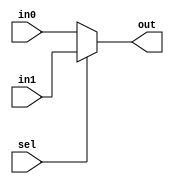
//  module MUX2_1  ports
module MUX2_1(in0, in1, sel, out);
	//  ports  input output
	input	in0, in1;
	input	sel;
	output	out;
	
	//  sel  in1  in0
	assign	out = sel ? in1 : in0;
endmodule